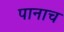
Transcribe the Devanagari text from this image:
पानाच